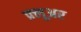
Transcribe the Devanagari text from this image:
फ़्लूअर